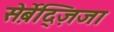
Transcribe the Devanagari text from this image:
स़ेर्बेद्ज़िजा